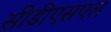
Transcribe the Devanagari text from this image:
सीडीएसएल